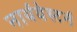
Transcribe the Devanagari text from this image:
नार्थवेस्टर्न